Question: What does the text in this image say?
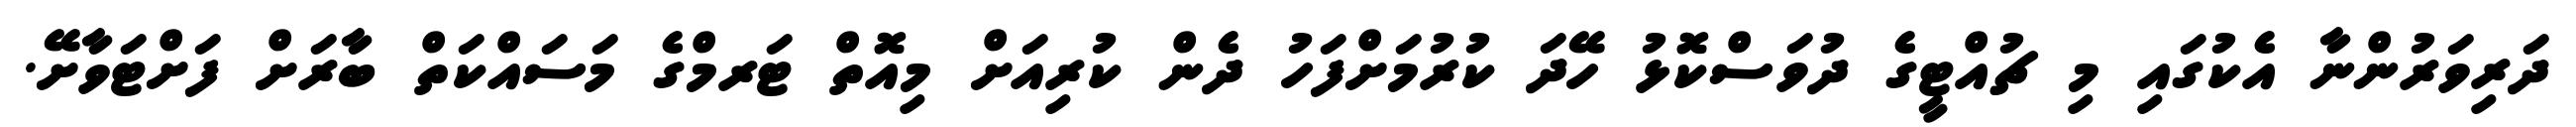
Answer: ދަރިވަރުންނާ އެކުގައި މި ޗުއްޓީގެ ދުވަސްކޮޅު ހޭދަ ކުރުމަށްފަހު ދެން ކުރިއަށް މިއޮތް ޓަރމްގެ މަސައްކަތް ބާރަށް ފަށްޓަވާށޭ.